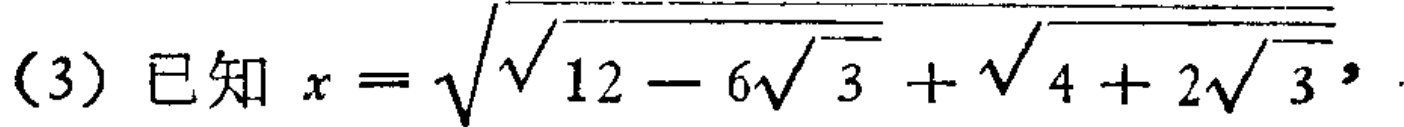
(3) 已知 \(x = \sqrt{\sqrt{12 - 6\sqrt{3}}+\sqrt{4 + 2\sqrt{3}}}\)